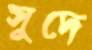
সুদে